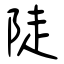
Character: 陡